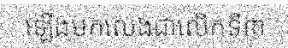
ឡើងមកលេងជាលើកទី៣